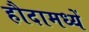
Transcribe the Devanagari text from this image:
हौदामध्यें